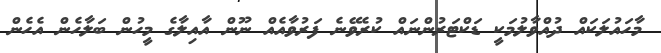
މާހައުލަކައް ދުއްވާލުމަކީ ޑަކްޓަރުންނައް ކުރެވޭނެ ފަރުވާއެއް ނޫން އާއިލާގެ މީހުން ބަލާހެން އެހެން